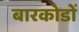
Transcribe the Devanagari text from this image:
बारकोडों